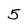
Character: 5